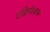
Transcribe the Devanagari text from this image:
एक्विफेक्स